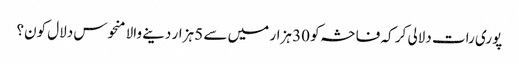
پوری رات دلالی کر کہ فاحشہ کو 30 ہزار میں سے 5 ہزار دینے والا منحوس دلال کون؟